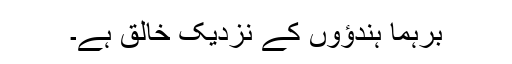
برہما ہندؤوں کے نزدیک خالق ہے۔